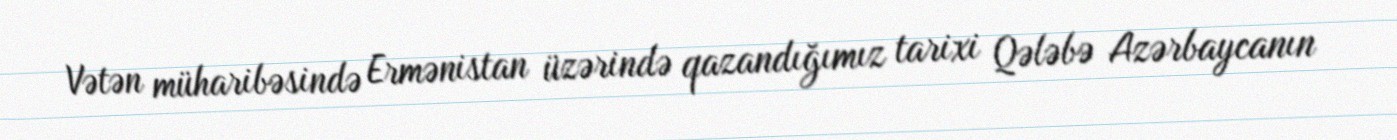
Vətən müharibəsində Ermənistan üzərində qazandığımız tarixi Qələbə Azərbaycanın